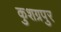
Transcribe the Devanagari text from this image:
कुशग्रपुर